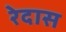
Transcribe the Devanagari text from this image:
रेदास